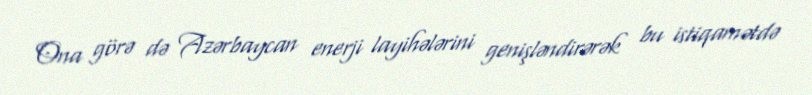
Ona görə də Azərbaycan enerji layihələrini genişləndirərək bu istiqamətdə